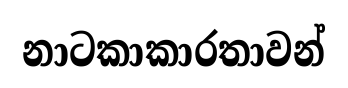
නාටකාකාරතාවන්